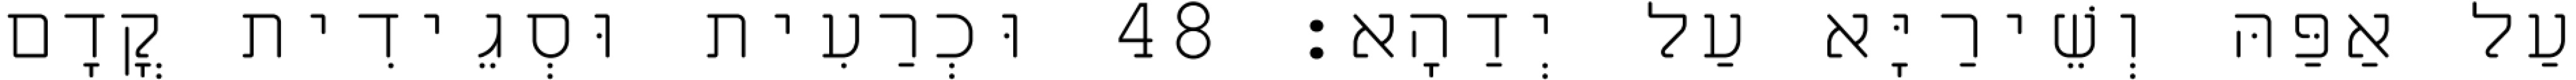
עַל אַפַּהּ וְשֵׁירַיָּא עַל יְדַהָא׃ 48 וּכְרַעִית וּסְגֵידִית קֳדָם